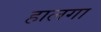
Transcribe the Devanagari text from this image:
हालगा